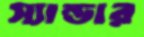
স্যান্ডার